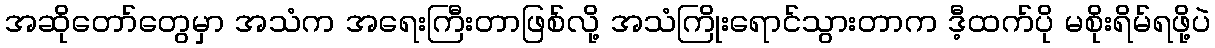
အဆိုတော်တွေမှာ အသံက အရေးကြီးတာဖြစ်လို့ အသံကြိုးရောင်သွားတာက ဒီ့ထက်ပို မစိုးရိမ်ရဖို့ပဲ